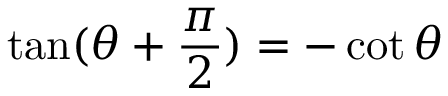
\tan ( \theta + { \frac { \pi } { 2 } } ) = - \cot \theta